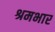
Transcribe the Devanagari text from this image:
श्रमभार